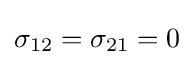
\sigma _{12}=\sigma _{21}=0